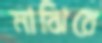
মাঝিরে